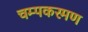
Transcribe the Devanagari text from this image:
चम्पकरमण